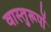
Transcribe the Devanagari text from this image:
वास्तुरूपों